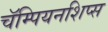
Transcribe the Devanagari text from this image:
चॅम्पियनशिप्स